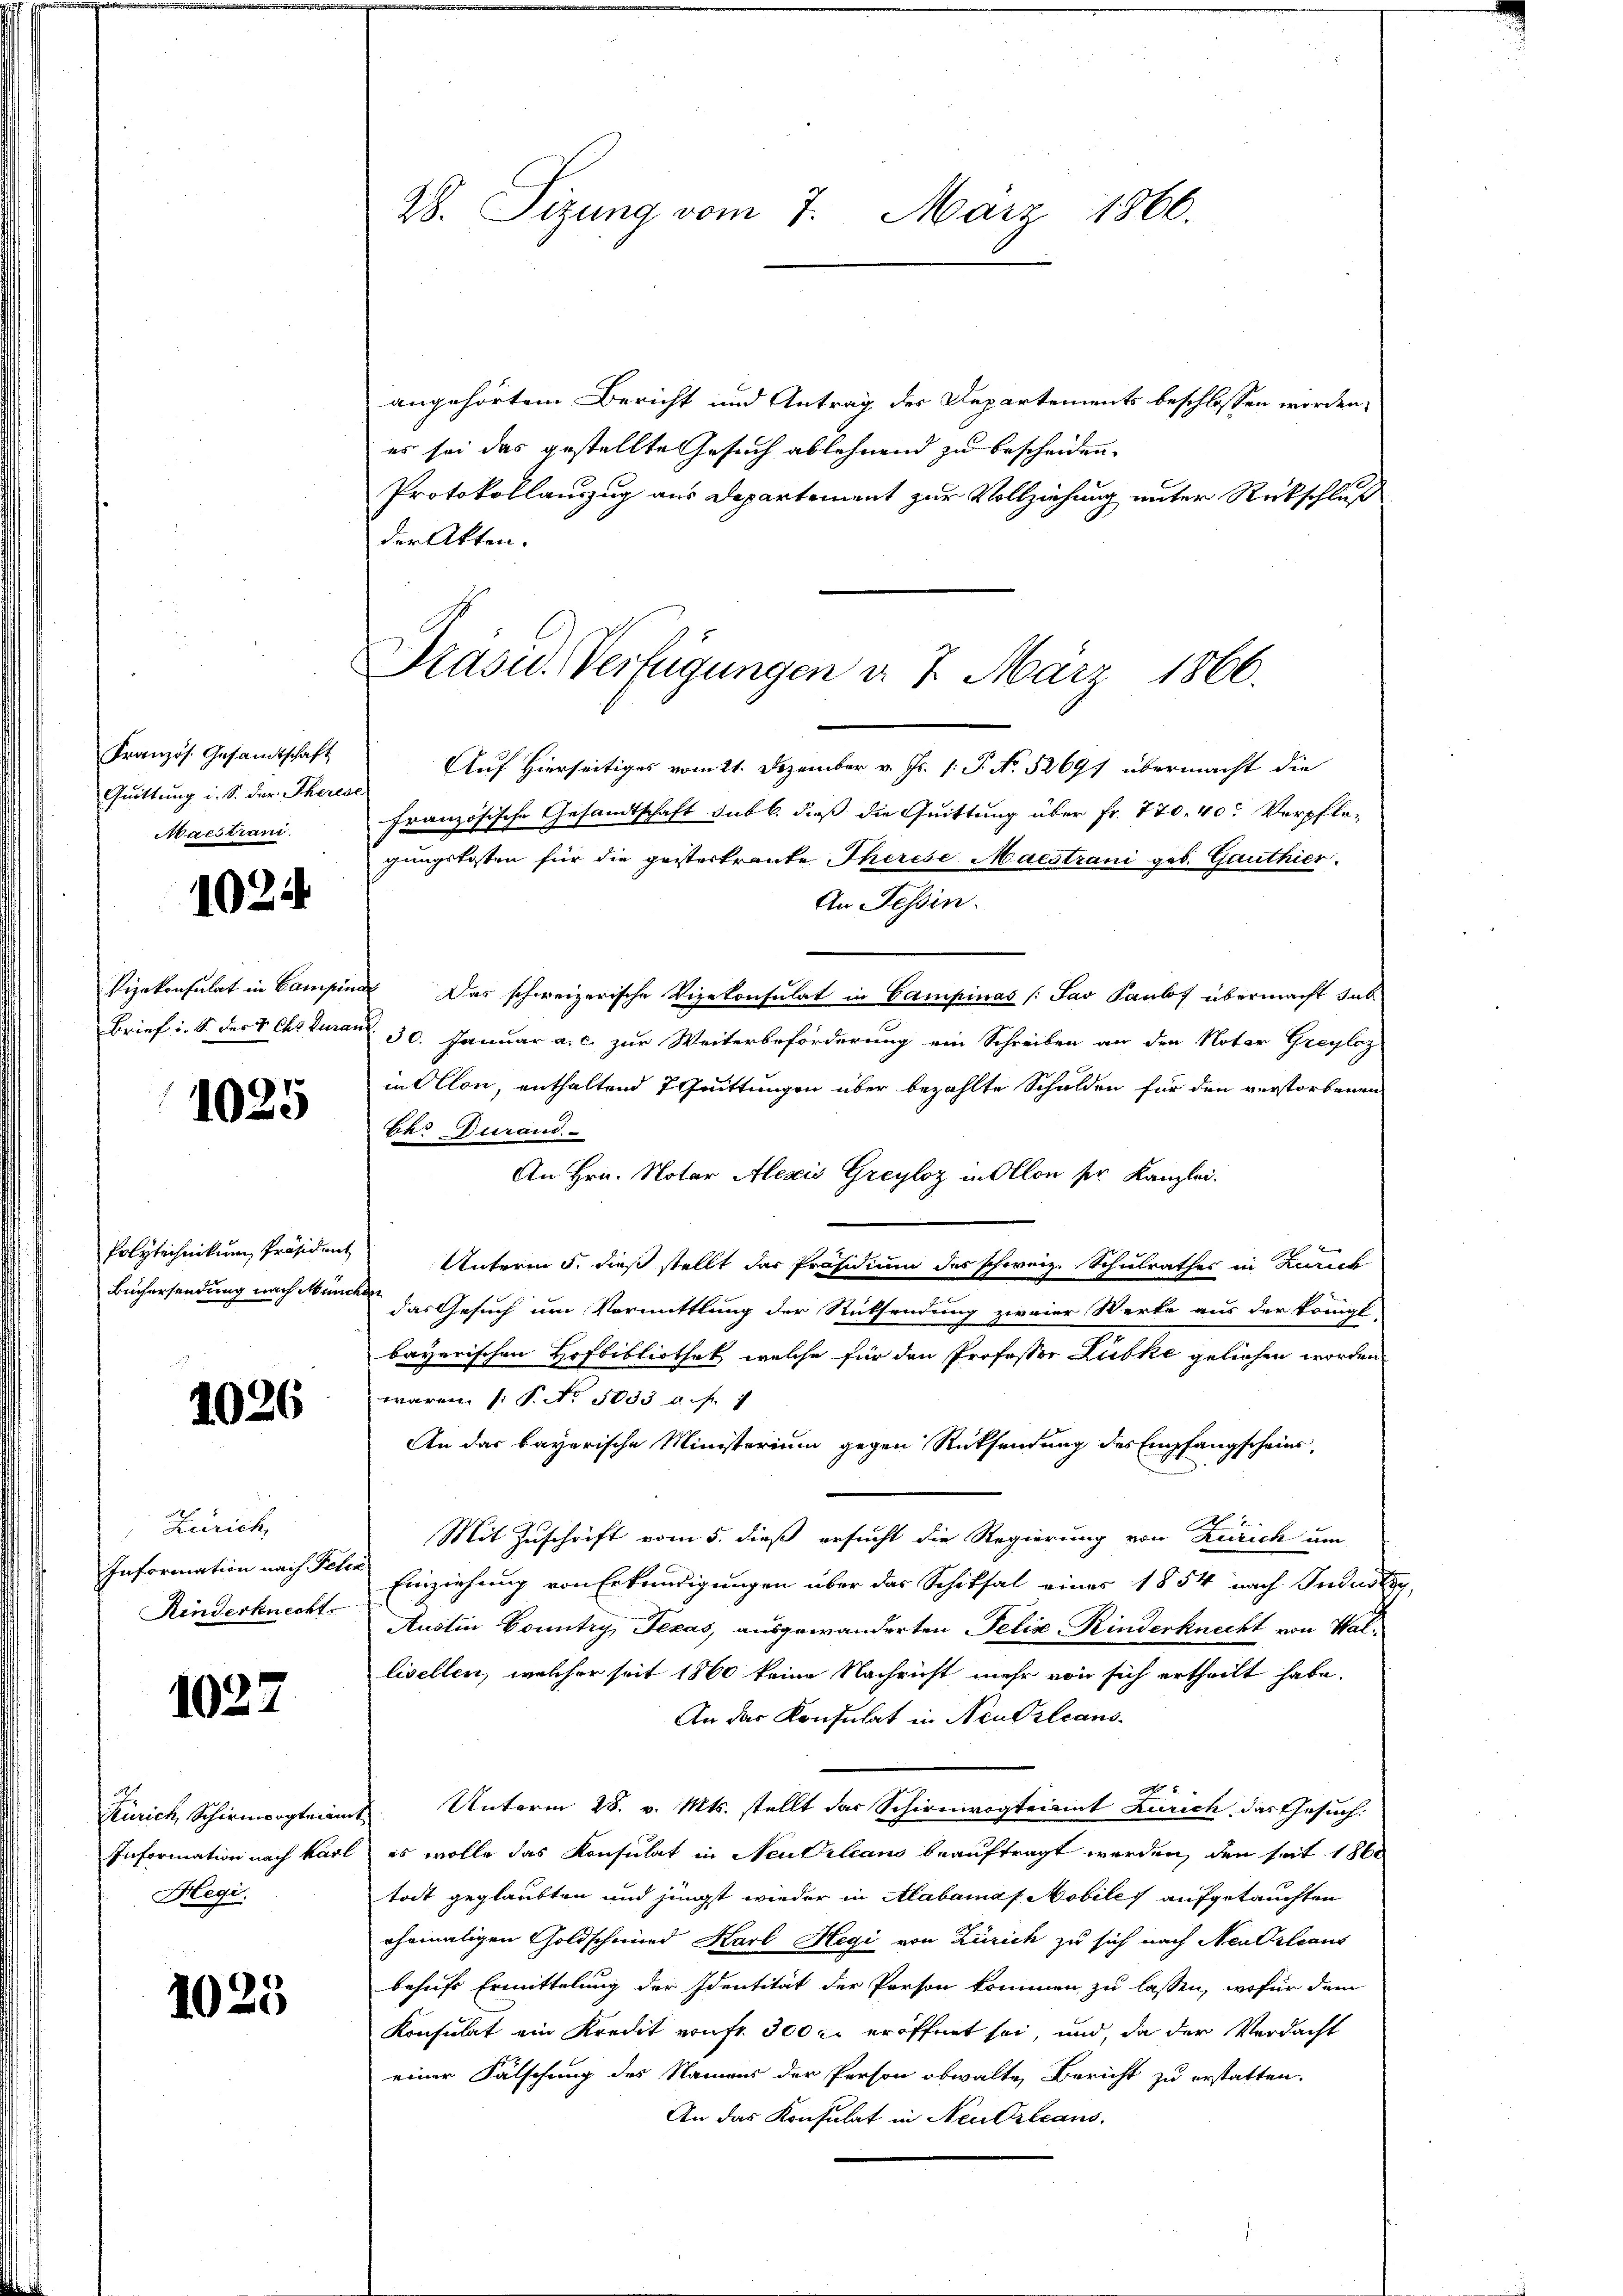
Französ. Gesandtschaft
Quittung i. S. der Therese
Maestiani

1024

1025

Büchersendung nach Müncher

1026

Zürich,
Information nach Tele
Kinderknecht

1027

Zürich, Schirmvogteiam
Information nach Karl
Hegi.

1025

angehörtem Bericht und Antrag der Departements beschlossen worden,
es sei das gestellte Gesuch ablehnend zu bescheiden.
Protokollauszug aus Departement zur Vollziehung unter Rückschluß
der Akten.

28. Sizung vom 7. März 1866.

Präsid. Verfügungen d. 7. März 1866.

Auf Hierseitiges vom 21. Dezember v. Js. v. P. No. 52691 übermacht die
französische Gesandtschaft sub b. dieß die Quittung über Fr. 770. 40. Verpflegungskosten für die gestertraute Therese Macstrani geb. Gauthier
An Tessin.
Vizekonsulat in Campina Das schweizerische Vizekonsulat in Campinas (Sav Pauls übermacht sub
Brief i. S. des V. Chr duranz. 30. Januar a. c. zur Weiterbeförderung ein Schreiben an den Notar Greyloz
in Ollon, enthaltend 7 Quittungen über bezahlte Schulden für den verstorbenen
Bk. Duraus.
An Hrn. Notar Alexis Greyloz in Ollon ser Kanzlei.
Polytechnikum Präsident Unterm 5. dieß stellt das Präsidium des schweiz. Schulrathes in Zürich
das Gesuch um Vormittlung der Rücksendung zweier Werte aus der Königl
bayerischen Hofbibliothek welche für den Professor Lübke geliehen worden
waren (: P. No. 5033 auf
An das bayerische Ministerium gegen Rücksendung des Empfangscheint,
B
Mit Zuschrift vom 5. dieß ersucht die Regierung von Zürich um
Einziehung von Erkundigungen über das Schiksal eines 1854 nach Industr.
Austin Country, Texas, ausgewanderten Felix Kinderknecht von Wallisellen, welcher seit 1860 keine Nachricht mehr von sich ertheilt habe.
An der Konsulat in Neudrleans
N
Unterm 28. v. Mts. stellt das Schirmvogteiamt Zürich das Gesuch
ch
es wolle das Konsulat in Neudrleans beauftragt werden, den seit 1860
tot geglaubten und jüngst wieder in Alabamas Mobiles aufgetauchten
ehemaligen Goldschmied Karl Hegi von Zürich zu sich nach Neu Orleans
behufs Ermittelung der Identität der Person kommen zu lassen, wofür dem
Konsulat ein Kredit von fr. 300 r. eröffnet sei, und, da der Verdacht
einer Fälschung des Namens der Person obwalte Bericht zu erstatten.
An das Konsulat in Neu Orleans